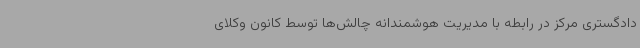
دادگستری مرکز در رابطه با مدیریت هوشمندانه چالش‌ها توسط کانون وکلای